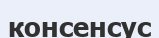
консенсус